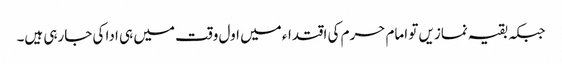
جبکہ بقیہ نمازیں تو امام حرم کی اقتداء میں اول وقت میں ہی ادا کی جارہی ہیں۔